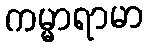
ကမ္မာရာမာ